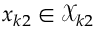
x _ { k 2 } \in \mathcal { X } _ { k 2 }